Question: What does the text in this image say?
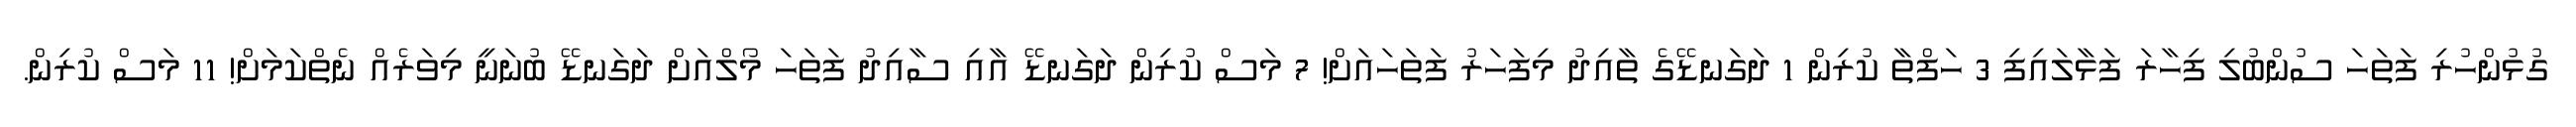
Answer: ގުޅުންހުރި ފަތަހަ ސުންބުލި ފިހާރަ ފަޅާލައިފި 3 ހަފްތާ ކުރިން 1 ދަގަނޑޭގެ ތާއިދު މިފަހަރު ފަތަހައަށް! 7 މަސް ކުރިން ދަގަނޑޭ އާއި ސާއިދު ފަތަހަ މޯލްއަށް ދަގަނޑޭ ބުނަނީ މިވަރެއް ނެތްކަމަށް! 11 މަސް ކުރިން.